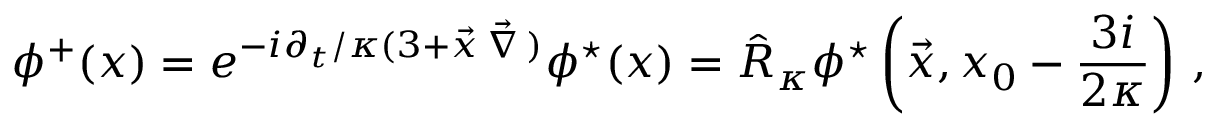
\phi ^ { + } ( x ) = e ^ { - { i \partial _ { t } / \kappa } ( 3 + \vec { x } \, \vec { \nabla } \, ) } \phi ^ { \star } ( x ) = \hat { R } _ { \kappa } \phi ^ { \star } \left( \vec { x } , x _ { 0 } - { \frac { 3 i } { 2 \kappa } } \right) \, ,